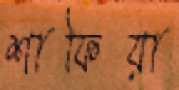
শাফিয়া